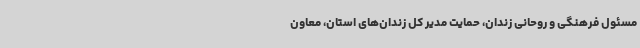
مسئول فرهنگی و روحانی زندان، حمایت مدیر کل زندان‌های استان، معاون